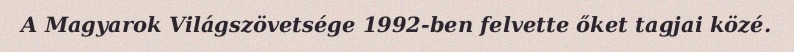
A Magyarok Világszövetsége 1992-ben felvette őket tagjai közé.